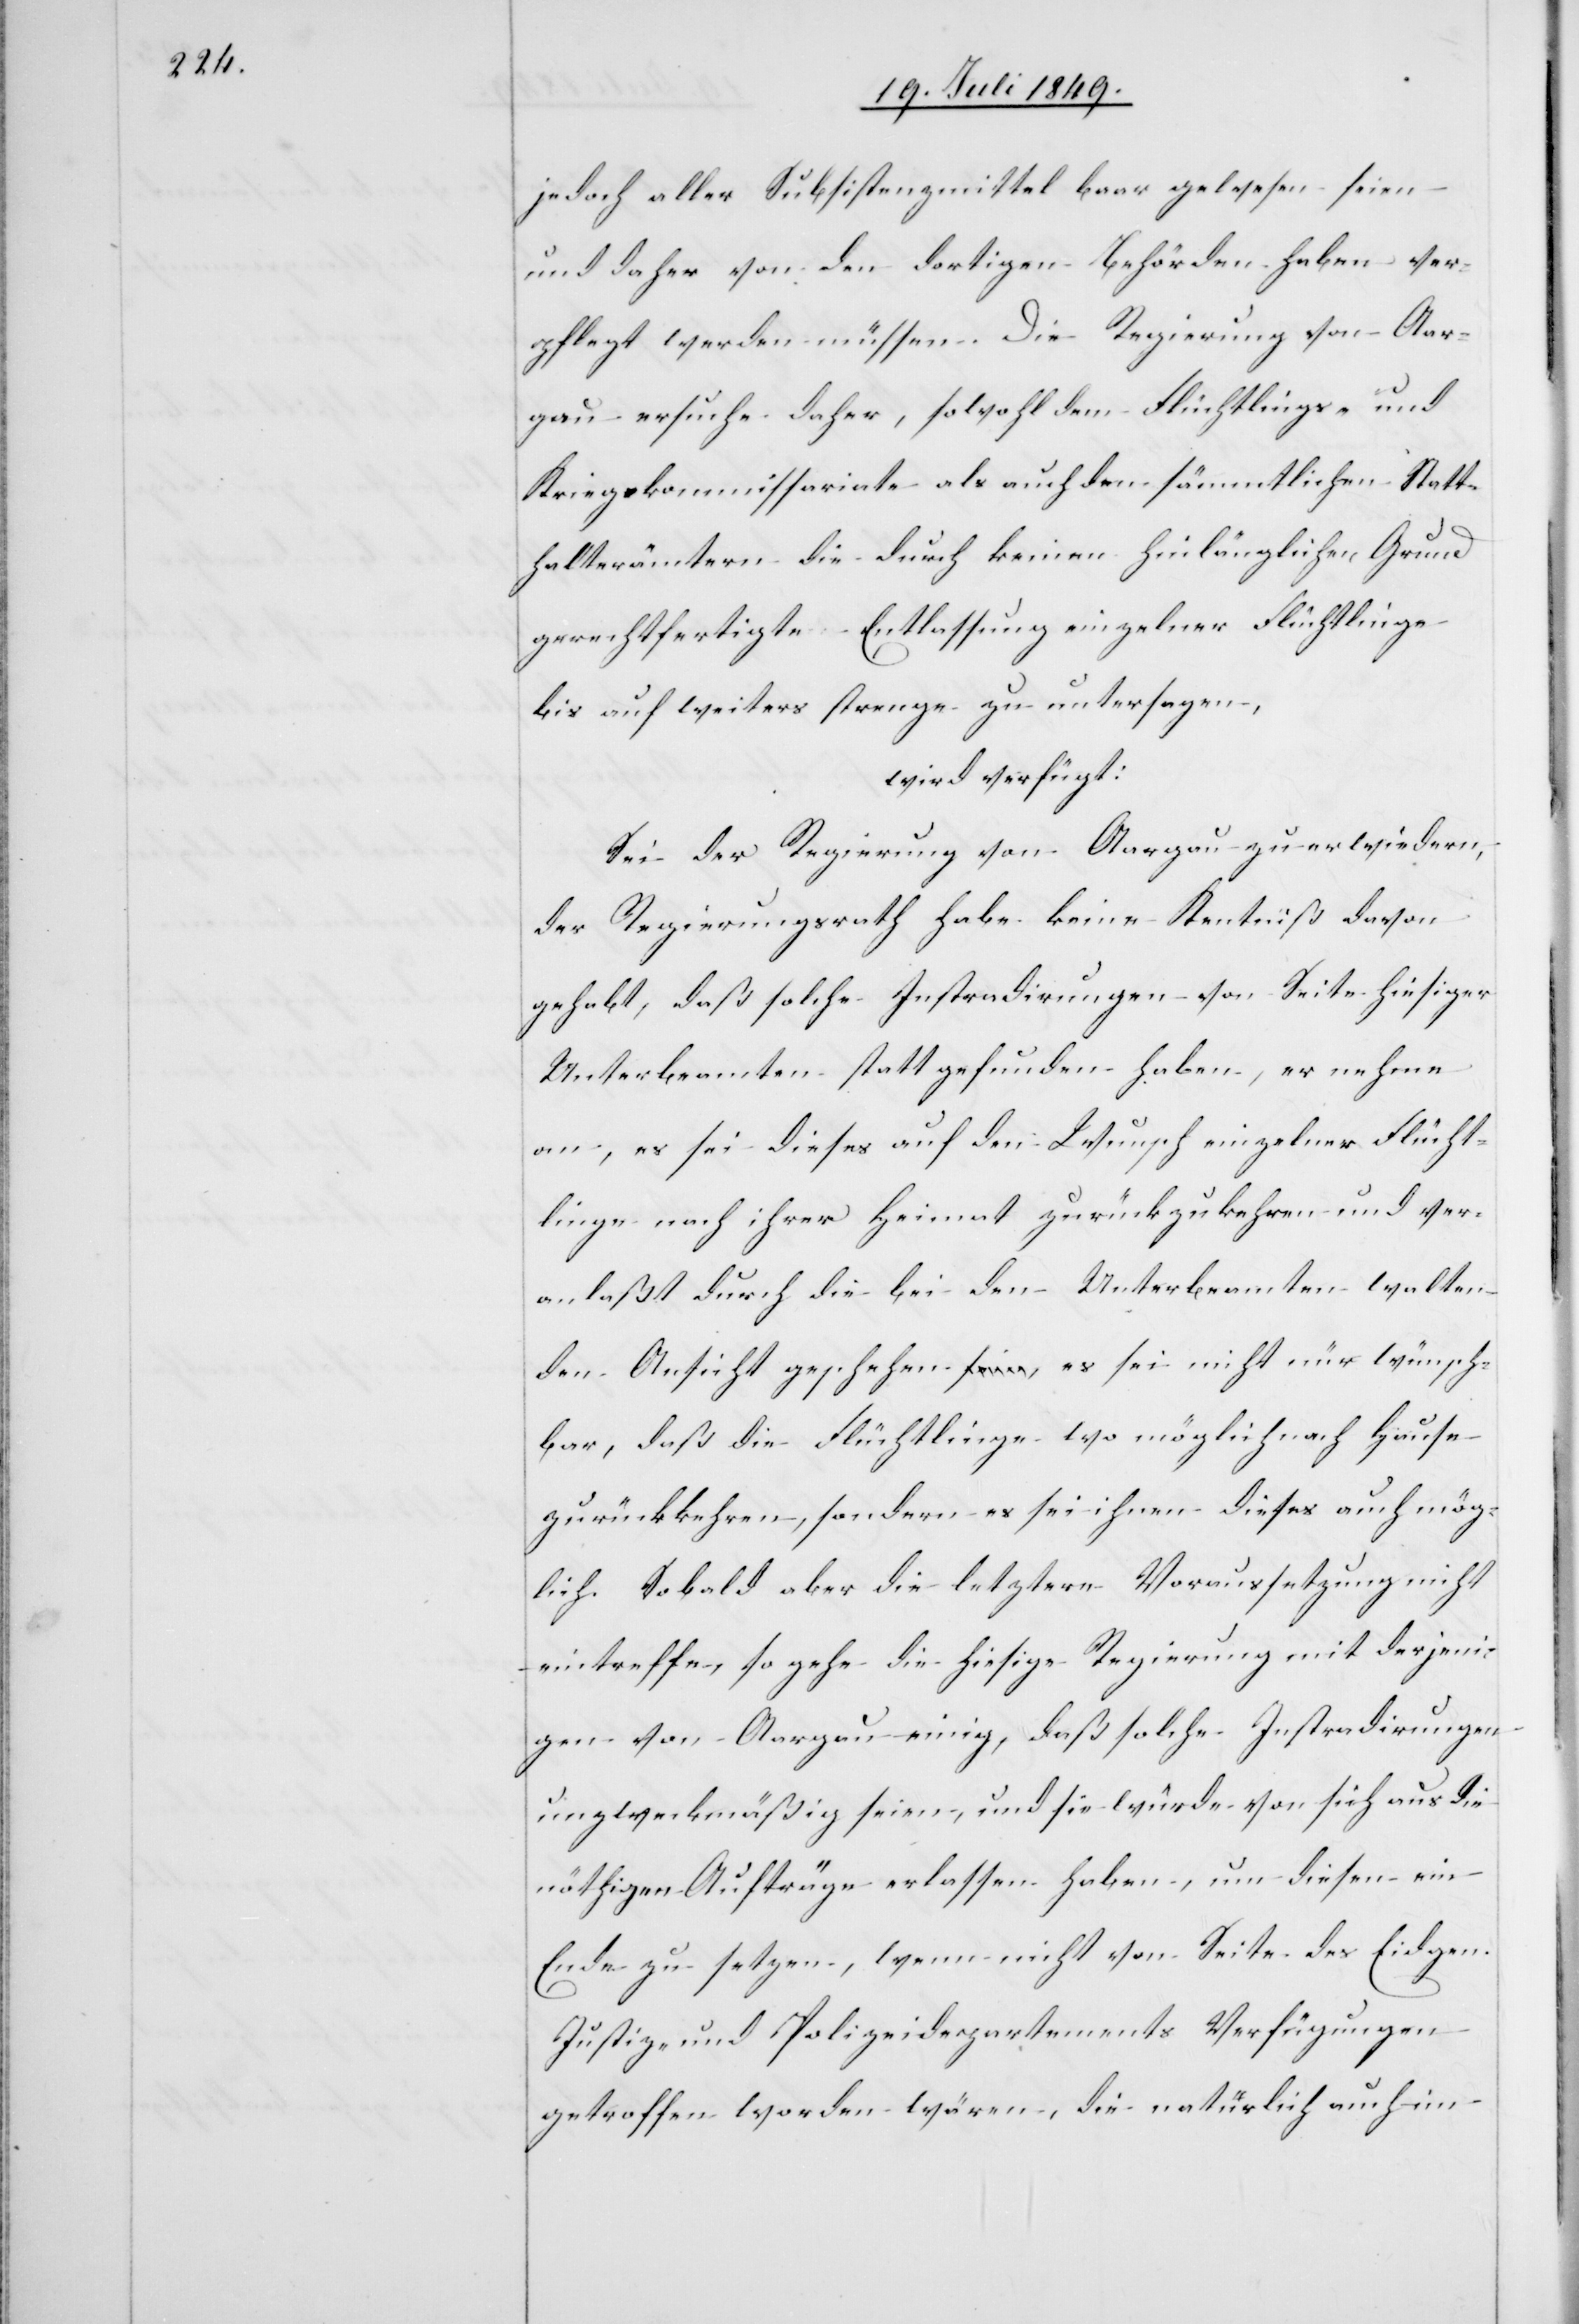
jedoch aller Subsistenzmittel baar gewesen seien
und daher von den dortigen Behörden haben ver¬
pflegt werden müssen. Die Regierung von Aar¬
gau ersuche daher, sowohl den Flüchtlings- und
Kriegskommissariate als auch den sämmtlichen Statt¬
halterämtern die durch keinen hinlänglichen Grund
gerechtfertigte Entlassung einzelner Flüchtlinge
bis auf weiters strenge zu untersagen,
wird verfügt:
Sei der Regierung von Aargau zu erwiedern,
sch¬
der Regierungsrath habe keine Kenntniß davon
gehabt, daß solche Instradirungen von Seite hiesiger
Unterbeamten statt gefunden haben, er nehme
an, es sei dieses auf den Wunsch einzelner Flücht¬
linge nach ihrer Heimat zurückzukehren und ver¬
anlaßt durch die bei den Unterbeamten halten¬
den Ansicht geschehen, es sei nicht nür [sic!]
bar, daß die Flüchtlinge wo möglich nach Hause
zurückkehren, sondern es sei ihnen dieses auch mög¬
lich. Sobald aber die letztere Voraussetzung nicht
eintreffe, so gehe die hiesige Regierung mit derjeni¬
gen von Aargau einig, daß solche Instradirungen
unzweckmäßig seien, und sie würde von sich aus die
nöthigen Aufträge erlassen haben, um diesen ein
Ende zu setzen, wenn nicht von Seite des Eidgen.
Justiz- und Polizeidepartements Verfügungen
getroffen worden wären, die natürlich auch im